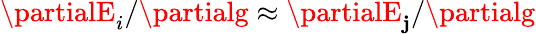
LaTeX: \partialE_{i}/\partialg\approx\partialE_{\mathbf{j}}/\partialg